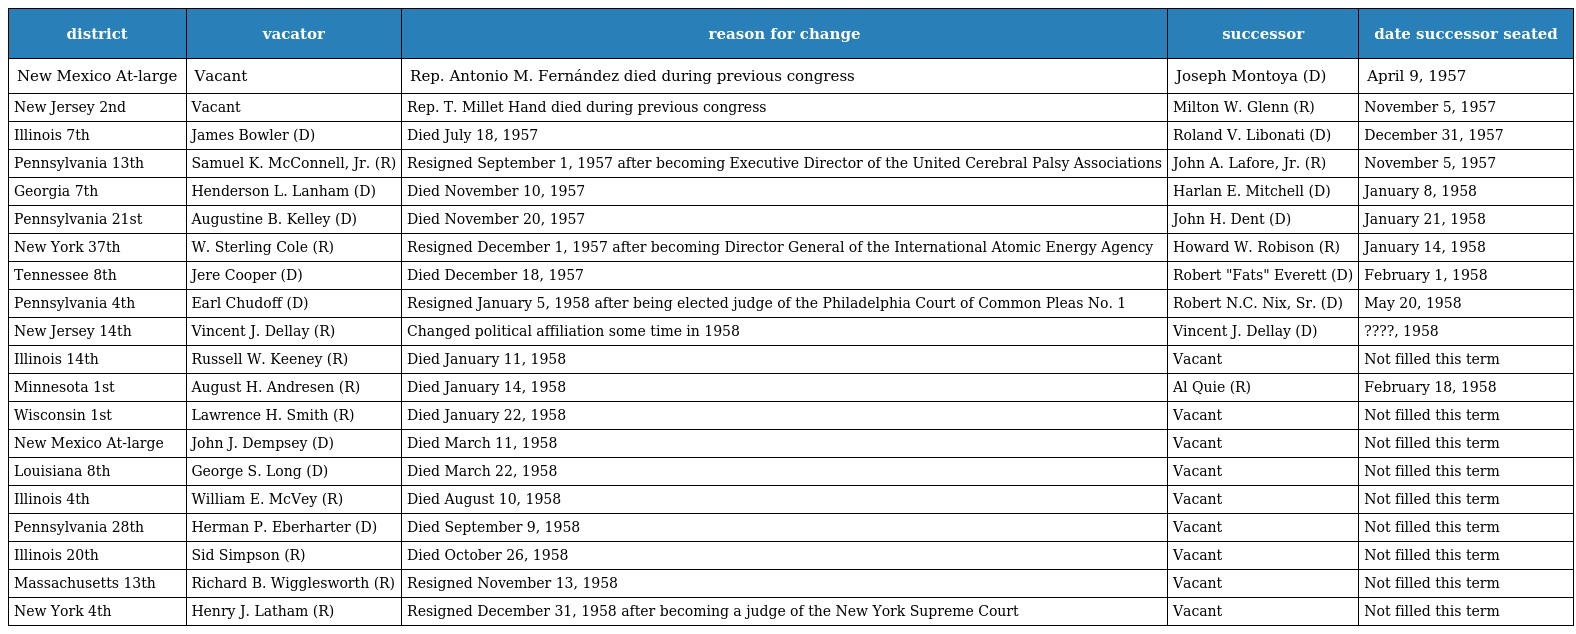
| district | vacator | reason for change | successor | date successor seated |
 | --- | --- | --- | --- | --- |
 | New Mexico At-large | Vacant | Rep. Antonio M. Fernández died during previous congress | Joseph Montoya (D) | April 9, 1957 |
 | New Jersey 2nd | Vacant | Rep. T. Millet Hand died during previous congress | Milton W. Glenn (R) | November 5, 1957 |
 | Illinois 7th | James Bowler (D) | Died July 18, 1957 | Roland V. Libonati (D) | December 31, 1957 |
 | Pennsylvania 13th | Samuel K. McConnell, Jr. (R) | Resigned September 1, 1957 after becoming Executive Director of the United Cerebral Palsy Associations | John A. Lafore, Jr. (R) | November 5, 1957 |
 | Georgia 7th | Henderson L. Lanham (D) | Died November 10, 1957 | Harlan E. Mitchell (D) | January 8, 1958 |
 | Pennsylvania 21st | Augustine B. Kelley (D) | Died November 20, 1957 | John H. Dent (D) | January 21, 1958 |
 | New York 37th | W. Sterling Cole (R) | Resigned December 1, 1957 after becoming Director General of the International Atomic Energy Agency | Howard W. Robison (R) | January 14, 1958 |
 | Tennessee 8th | Jere Cooper (D) | Died December 18, 1957 | Robert "Fats" Everett (D) | February 1, 1958 |
 | Pennsylvania 4th | Earl Chudoff (D) | Resigned January 5, 1958 after being elected judge of the Philadelphia Court of Common Pleas No. 1 | Robert N.C. Nix, Sr. (D) | May 20, 1958 |
 | New Jersey 14th | Vincent J. Dellay (R) | Changed political affiliation some time in 1958 | Vincent J. Dellay (D) | ????, 1958 |
 | Illinois 14th | Russell W. Keeney (R) | Died January 11, 1958 | Vacant | Not filled this term |
 | Minnesota 1st | August H. Andresen (R) | Died January 14, 1958 | Al Quie (R) | February 18, 1958 |
 | Wisconsin 1st | Lawrence H. Smith (R) | Died January 22, 1958 | Vacant | Not filled this term |
 | New Mexico At-large | John J. Dempsey (D) | Died March 11, 1958 | Vacant | Not filled this term |
 | Louisiana 8th | George S. Long (D) | Died March 22, 1958 | Vacant | Not filled this term |
 | Illinois 4th | William E. McVey (R) | Died August 10, 1958 | Vacant | Not filled this term |
 | Pennsylvania 28th | Herman P. Eberharter (D) | Died September 9, 1958 | Vacant | Not filled this term |
 | Illinois 20th | Sid Simpson (R) | Died October 26, 1958 | Vacant | Not filled this term |
 | Massachusetts 13th | Richard B. Wigglesworth (R) | Resigned November 13, 1958 | Vacant | Not filled this term |
 | New York 4th | Henry J. Latham (R) | Resigned December 31, 1958 after becoming a judge of the New York Supreme Court | Vacant | Not filled this term |